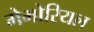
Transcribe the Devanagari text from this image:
मेमोरियल